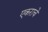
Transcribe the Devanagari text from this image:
एकराचे